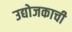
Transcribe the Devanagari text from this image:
उद्योजकाची